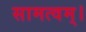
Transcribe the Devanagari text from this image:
सामत्वम्‌।